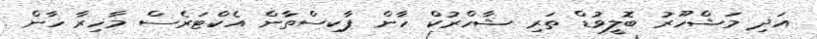
އަދި މަޝްހޫރު ބޮލީވުޑް ތަރި ޝާހްރުކް ހާން ޕާކިސްތާން އެކްޓަރެސް މާހިރާ ހާން